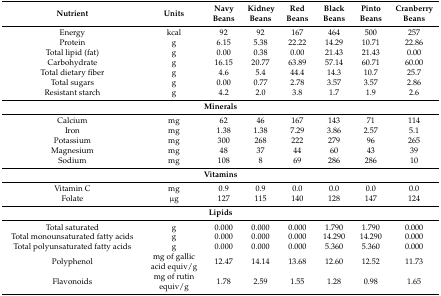
| Nutrient | Units | Navy Beans | Kidney Beans | Red Beans | Black Beans | Pinto Beans | Cranberry Beans |
 | --- | --- | --- | --- | --- | --- | --- | --- |
 | Energy | kcal | 92 | 92 | 167 | 464 | 500 | 257 |
 | Protein | g | 6.15 | 5.38 | 22.22 | 14.29 | 10.71 | 22.86 |
 | Total lipid (fat) | g | 0.00 | 0.38 | 0.00 | 21.43 | 21.43 | 0.00 |
 | Carbohydrate | g | 16.15 | 20.77 | 63.89 | 57.14 | 60.71 | 60.00 |
 | Total dietary fiber | g | 4.6 | 5.4 | 44.4 | 14.3 | 10.7 | 25.7 |
 | Total sugars | g | 0.00 | 0.77 | 2.78 | 3.57 | 3.57 | 2.86 |
 | Resistant starch | g | 4.2 | 2.0 | 3.8 | 1.7 | 1.9 | 2.6 |
 | <COLSPAN=8> Minerals |
 | Calcium | mg | 62 | 46 | 167 | 143 | 71 | 114 |
 | Iron | mg | 1.38 | 1.38 | 7.29 | 3.86 | 2.57 | 5.1 |
 | Potassium | mg | 300 | 268 | 222 | 279 | 96 | 265 |
 | Magnesium | mg | 48 | 37 | 44 | 60 | 43 | 39 |
 | Sodium | mg | 108 | 8 | 69 | 286 | 286 | 10 |
 | <COLSPAN=8> Vitamins |
 | Vitamin C | mg | 0.9 | 0.9 | 0.0 | 0.0 | 0.0 | 0.0 |
 | Folate | μg | 127 | 115 | 140 | 128 | 147 | 124 |
 | <COLSPAN=8> Lipids |
 | Total saturated | g | 0.000 | 0.000 | 0.000 | 1.790 | 1.790 | 0.000 |
 | Total monounsaturated fatty acids | g | 0.000 | 0.000 | 0.000 | 14.290 | 14.290 | 0.000 |
 | Total polyunsaturated fatty acids | g | 0.000 | 0.000 | 0.000 | 5.360 | 5.360 | 0.000 |
 | Polyphenol | mg of gallic acid equiv/g | 12.47 | 14.14 | 13.68 | 12.60 | 12.52 | 11.73 |
 | Flavonoids | mg of rutin equiv/g | 1.78 | 2.59 | 1.55 | 1.28 | 0.98 | 1.65 |